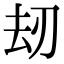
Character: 刼